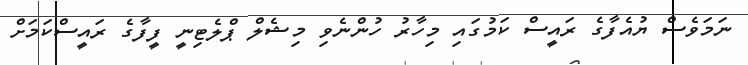
ނަމަވެސް ޔުއެފާގެ ރައީސް ކަމުގައި މިހާރު ހުންނެވި މިޝެލް ޕްލެޓިނީ ފީފާގެ ރައީސްކަމަށް